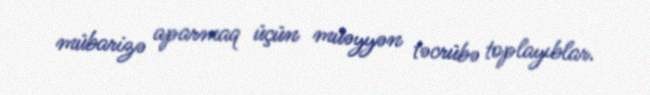
mübarizə aparmaq üçün müəyyən təcrübə toplayıblar.